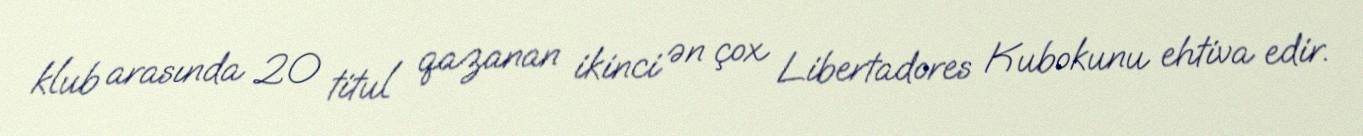
klub arasında 20 titul qazanan ikinci ən çox Libertadores Kubokunu ehtiva edir.